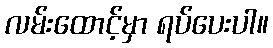
လမ်းထောင့်မှာ ရပ်ပေးပါ။